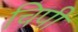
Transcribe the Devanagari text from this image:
चिपी